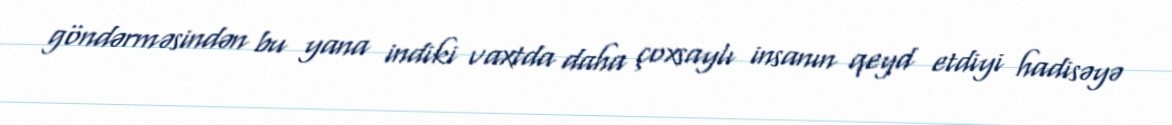
göndərməsindən bu yana indiki vaxtda daha çoxsaylı insanın qeyd etdiyi hadisəyə